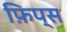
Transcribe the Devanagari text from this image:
फ़िप्स